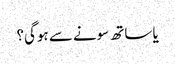
یا ساتھ سونے سے ہوگی؟